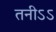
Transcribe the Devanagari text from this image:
तनीऽऽ